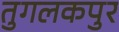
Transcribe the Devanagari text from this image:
तुगलकपुर